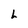
Character: L